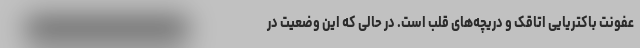
عفونت باکتریایی اتاقک و دریچه‌های قلب است. در حالی که این وضعیت در